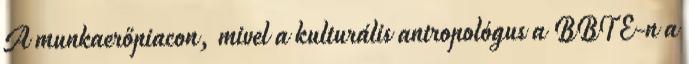
A munkaerőpiacon, mivel a kulturális antropológus a BBTE-n a